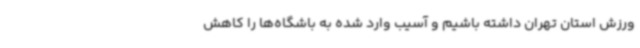
ورزش استان تهران داشته باشیم و آسیب وارد شده به باشگاه‌ها را کاهش